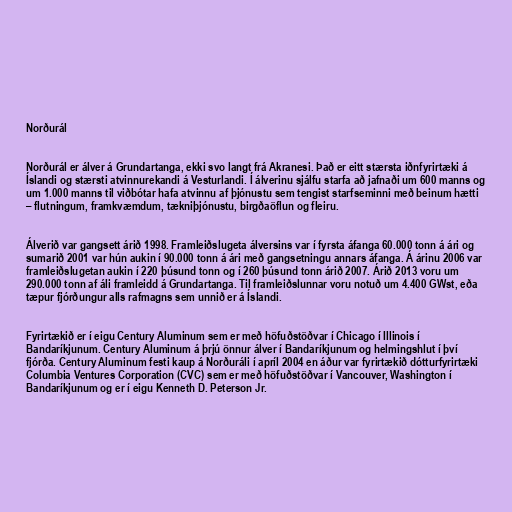
Norðurál

Norðurál er álver á Grundartanga, ekki svo langt frá Akranesi. Það er eitt stærsta iðnfyrirtæki á
Íslandi og stærsti atvinnurekandi á Vesturlandi. Í álverinu sjálfu starfa að jafnaði um 600 manns og
um 1.000 manns til viðbótar hafa atvinnu af þjónustu sem tengist starfseminni með beinum hætti
– flutningum, framkvæmdum, tækniþjónustu, birgðaöflun og fleiru.

Álverið var gangsett árið 1998. Framleiðslugeta álversins var í fyrsta áfanga 60.000 tonn á ári og
sumarið 2001 var hún aukin í 90.000 tonn á ári með gangsetningu annars áfanga. Á árinu 2006 var
framleiðslugetan aukin í 220 þúsund tonn og í 260 þúsund tonn árið 2007. Árið 2013 voru um
290.000 tonn af áli framleidd á Grundartanga. Til framleiðslunnar voru notuð um 4.400 GWst, eða
tæpur fjórðungur alls rafmagns sem unnið er á Íslandi.

Fyrirtækið er í eigu Century Aluminum sem er með höfuðstöðvar í Chicago í Illinois í
Bandaríkjunum. Century Aluminum á þrjú önnur álver í Bandaríkjunum og helmingshlut í því
fjórða. Century Aluminum festi kaup á Norðuráli í apríl 2004 en áður var fyrirtækið dótturfyrirtæki
Columbia Ventures Corporation (CVC) sem er með höfuðstöðvar í Vancouver, Washington í
Bandaríkjunum og er í eigu Kenneth D. Peterson Jr.